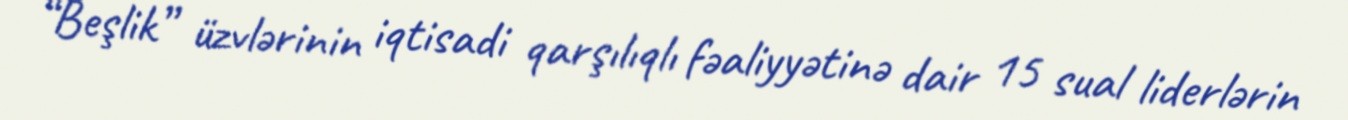
“Beşlik” üzvlərinin iqtisadi qarşılıqlı fəaliyyətinə dair 15 sual liderlərin